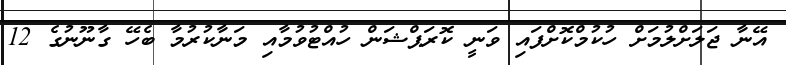
އޭނާ ޖަލަށްލުމަށް ހުކުމްކޮށްފައި ވަނީ ކޮރަޕްޝަން ހުއްޓުވުމާއި މަނާކުރުމާ ބެހޭ ގާނޫނުގެ 12